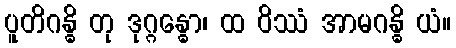
ပူတိဂန္ဓိ တု ဒုဂ္ဂန္ဓော၊ ထ ဝိဿံ အာမဂန္ဓိ ယံ။